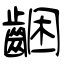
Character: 齫